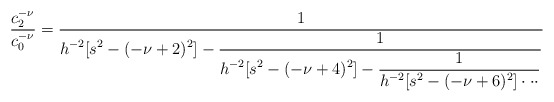
\begin{align*}\frac{c^{-\nu}_{2}}{c^{-\nu}_{0}}=\frac{1}{\displaystyle h^{-2}[s^2-(-\nu+2)^2]-\frac{1}{\displaystyle h^{-2}[s^2-(-\nu+4)^2]-\frac{1}{\displaystyle h^{-2}[s^2-(-\nu+6)^2]\cdot\cdot\cdot}}}\end{align*}